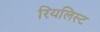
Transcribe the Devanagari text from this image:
रियलिस्ट